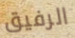
الرفيق